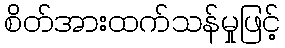
စိတ်အားထက်သန်မှုဖြင့်